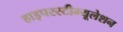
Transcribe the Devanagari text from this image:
हाइपरस्टीम्यूलेशन